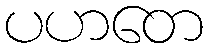
ပဟတေ